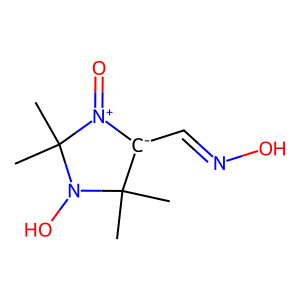
SMILES: CC1(C)[C-](C=NO)[N+](=O)C(C)(C)N1O
Inhibits HIV replication: No